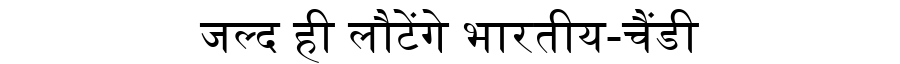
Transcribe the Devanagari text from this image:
जल्द ही लौटेंगे भारतीय-चैंडी